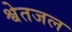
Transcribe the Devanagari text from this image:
श्वेतजल